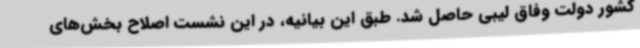
کشور دولت وفاق لیبی حاصل شد. طبق این بیانیه، در این نشست اصلاح بخش‌های